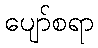
ပျော်စရာ